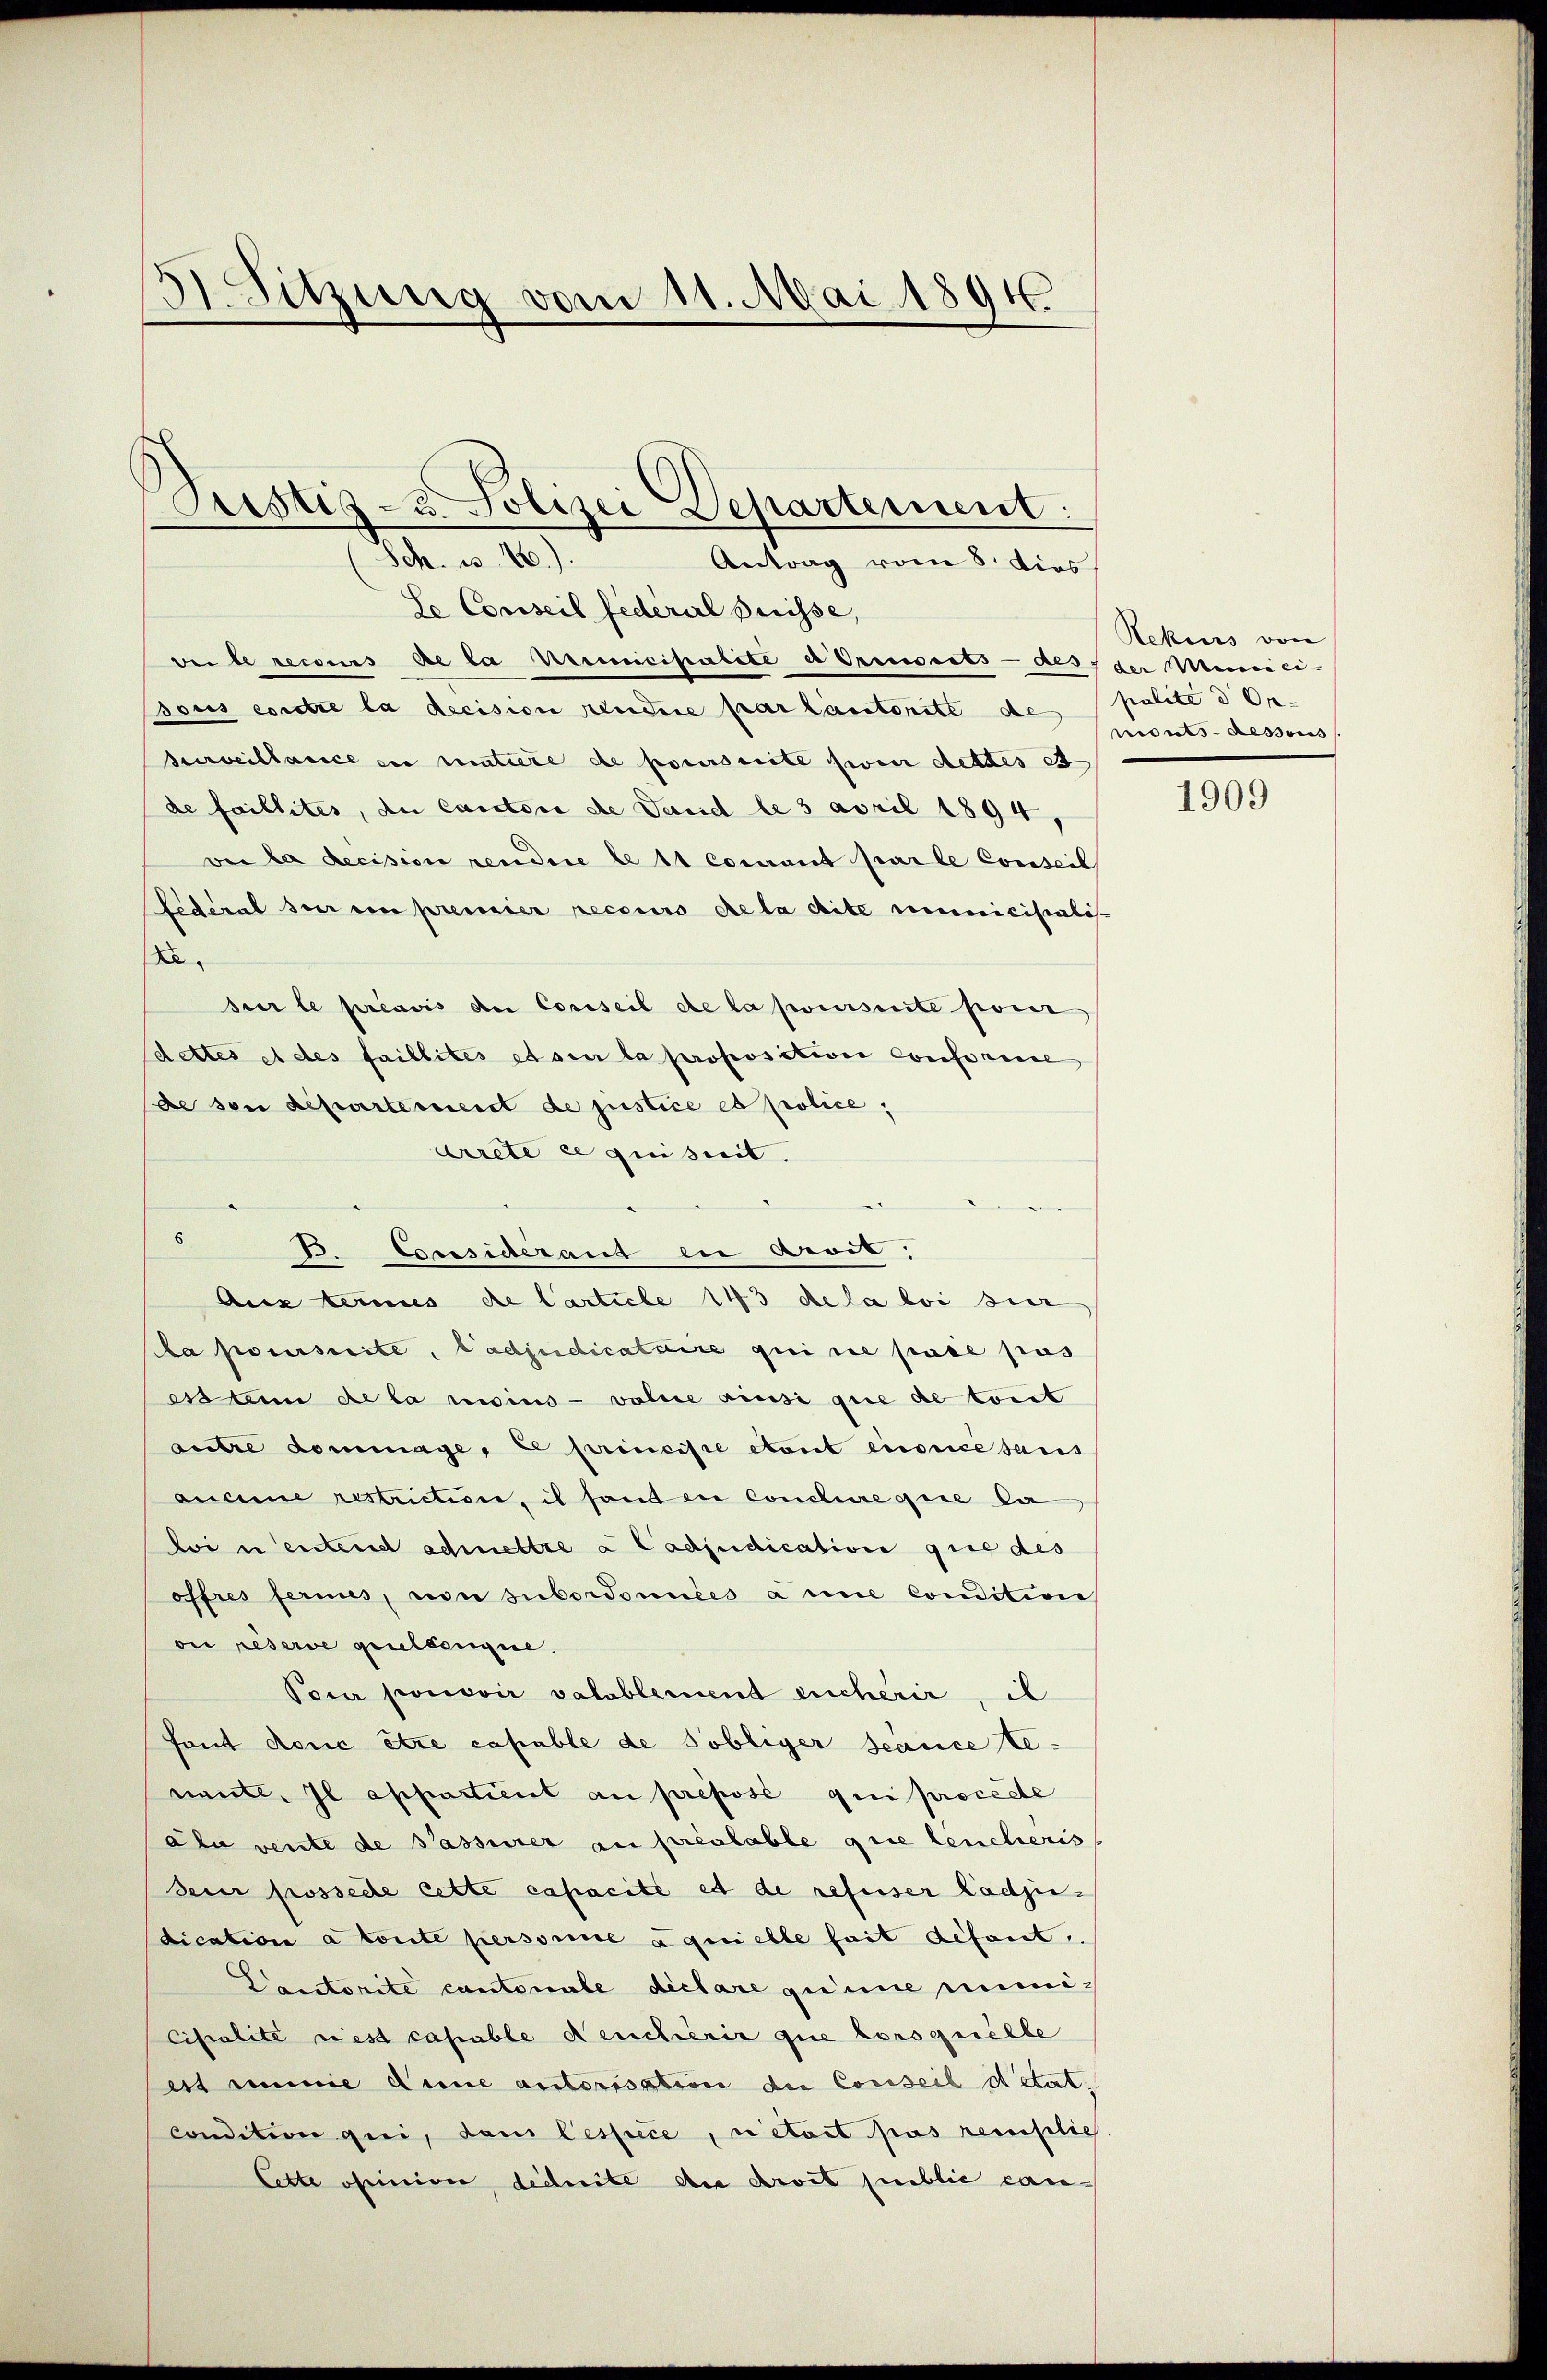
3 Sitzung vom 11. Mai 1891

Austiz- u. Polizei Departement:
M. 18
Antrag vom 8. dies

Se Conseil fédéral Preisse,
Bei de recours de la Prenicipalite a Preiseits- als der Meinnici-
sous contre la decision pendire par lautorite de polite d On-
Kurveillance ein matiere de poursuite sie dettes et
de faillites, du Cantori de Land le 3 april 1894,
ver la decision rendere lett courant par le Conseil
Lederal ser ein premier recours de la dite municisialis-
Resur le préavis der Cossseil de la poursuite pour
dettes et des faillites et sur la proposition Confereie
de son departement de justice et police,
Arrete ce quisirt.
8
te Epossideraus en droit,
Aus termes de Carticle 143 dela loisier
a poursuite, ladjudicataire qui ne pas pas
ess an de la moins - volice ainsi que de tout
Litre dommage, ce princise etont encorce sans
aucune restriction, il fanden Conclure que la
wi u entend admettre a Cadjudication que des
offres fernes, von subordonnées à une condition
on reserve geselsengie.
Pour pouvoir valablement eucherir, il
Fant donc être capable de Tobliger Scance be-
nante. Il appartient au prepose qui proceste
ala vente de Passirer au préalable que leucheris
seur possede cette capacité et de refuser Ladjin-
dication à toute personne a quelle fast défaut,
Cauctorite cantonale déclare quine mimicipalité rest capable deucherir que lorsquelle
ett imme dene autorisation die Conseil détat.
condition qui, dan Cespèce, ce était pas remplich
Cette opinion deduite die droit public can-

Rekurs von
nouts-Ressous

1909